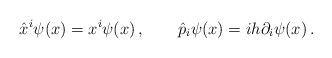
LaTeX: \begin{align*}\hat x^{i} \psi(x)= x^{i}\psi(x) \, , \qquad \hat p_{i}\psi(x) = ih \partial_{i}\psi(x) \, .\end{align*}